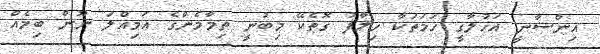
އިންސާނީ އަޚުލާގީ ހަމަތަކާ ޚިލާފު ގޮތެކޭ މިބުނީ ތިމާމެންގެ އަމިއްލަ ނޫން ބިމެއް